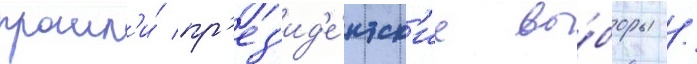
прошл'и́ пр'ез'ид'е́нтск'ие вы́боры /